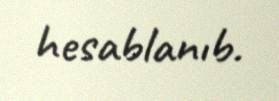
hesablanıb.